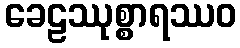
ခေဠဿုစ္စာရဿဝ